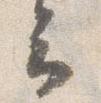
云